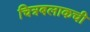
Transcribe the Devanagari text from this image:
चित्रबलाकची